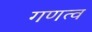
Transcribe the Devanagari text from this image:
गणत्व